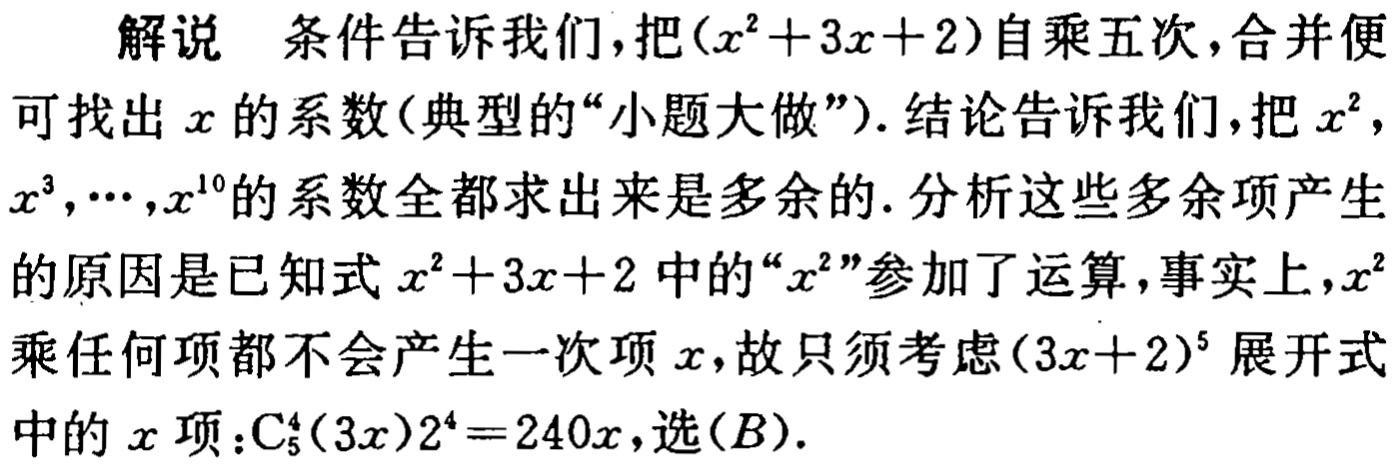
解说 条件告诉我们，把\((x^{2}+3x + 2)\)自乘五次，合并便可找出\(x\)的系数(典型的“小题大做”). 结论告诉我们，把\(x^{2}\)，\(x^{3},\cdots,x^{10}\)的系数全都求出来是多余的. 分析这些多余项产生的原因是已知式\(x^{2}+3x + 2\)中的“\(x^{2}\)”参加了运算，事实上，\(x^{2}\)乘任何项都不会产生一次项\(x\)，故只须考虑\((3x + 2)^{5}\)展开式中的\(x\)项：\(\mathrm{C}_{5}^{4}(3x)2^{4}=240x\)，选\((B)\).